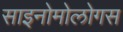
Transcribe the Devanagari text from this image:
साइनोमोलोगस